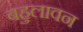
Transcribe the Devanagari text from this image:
बहुलावन